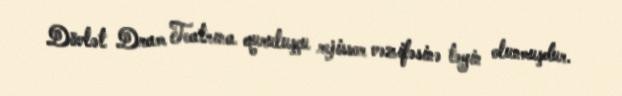
Dövlət Dram Teatrına quruluşçu rejissor vəzifəsinə təyin olunmuşdur.